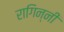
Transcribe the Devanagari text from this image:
रागिन्नी